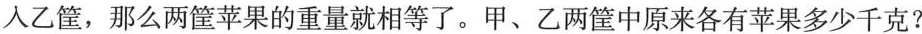
入乙筐，那么两筐苹果的重量就相等了。甲、乙两筐中原来各有苹果多少千克?